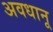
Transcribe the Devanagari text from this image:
अवधानू